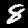
Digit: 8